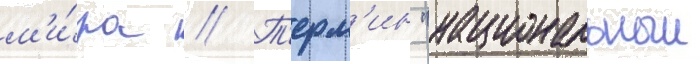
м'и́ра // Т'ерм'ин "национальныи